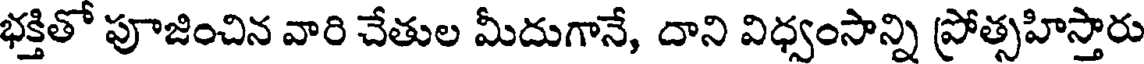
భక్తితో పూజించిన వారి చేతుల మీదుగానే, దాని విధ్వంసాన్ని ప్రోత్సహిస్తారు